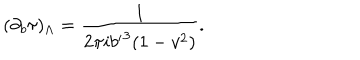
( \partial _ { b } \tau ) _ { \Lambda } = { \frac { 1 } { 2 \pi i { b ^ { \prime } } ^ { 3 } ( 1 - v ^ { 2 } ) } } .